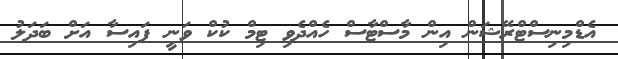
އެޑްމިނިސްޓްރޭޝަން އިން މާސްޓާސް ހެއްދެވި ޓިމް ކުކް ވަނީ ފައިސާ އަށް ބަދަލު